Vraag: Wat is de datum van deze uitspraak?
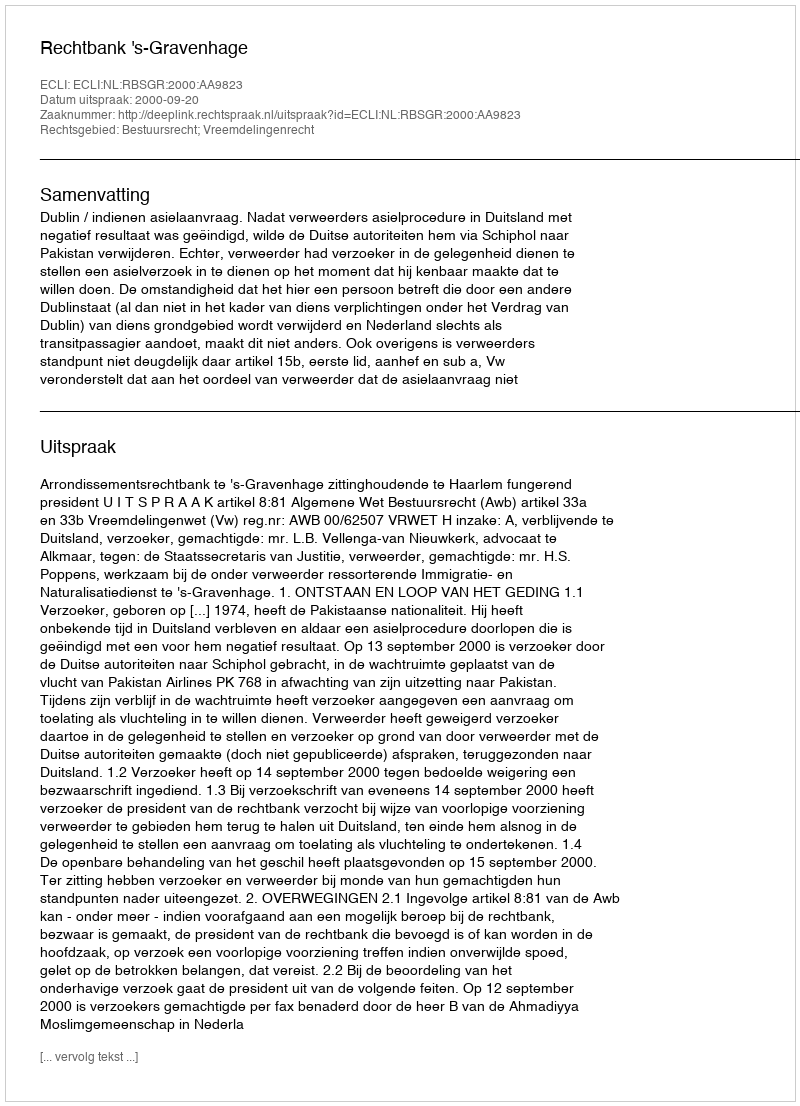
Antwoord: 2000-09-20